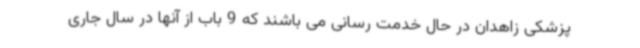
پزشکی زاهدان در حال خدمت رسانی می باشند که 9 باب از آنها در سال جاری